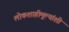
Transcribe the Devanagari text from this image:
लोकशाहीमूल्यांशी